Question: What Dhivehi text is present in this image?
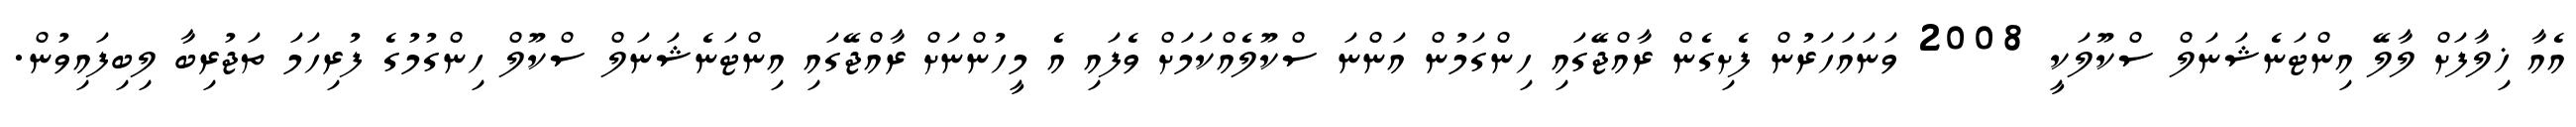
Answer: އެއާ ޚިލާފަށް ލާލޭ އިންޓަނެޝަނަލް ސްކޫލަކީ 2008 ވަނައަހަރުން ފެށިގެން ރާއްޖޭގައި ހިންގަމުން އަންނަ ސްކޫލެއްކަމަށް ވެފައި އެ މީހުންނަށް ރާއްޖޭގައި އިންޓަނެޝަނަލް ސްކޫލް ހިންގުމުގެ ފުރިހަމަ ތަޖުރިބާ ލިބިފައިވުން.